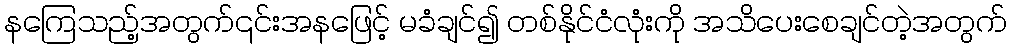
နကြေသည့်အတွက်၎င်းအနဖြေင့် မခံချင်၍ တစ်နိုင်ငံလုံးကို အသိပေးစေချင်တဲ့အတွက်